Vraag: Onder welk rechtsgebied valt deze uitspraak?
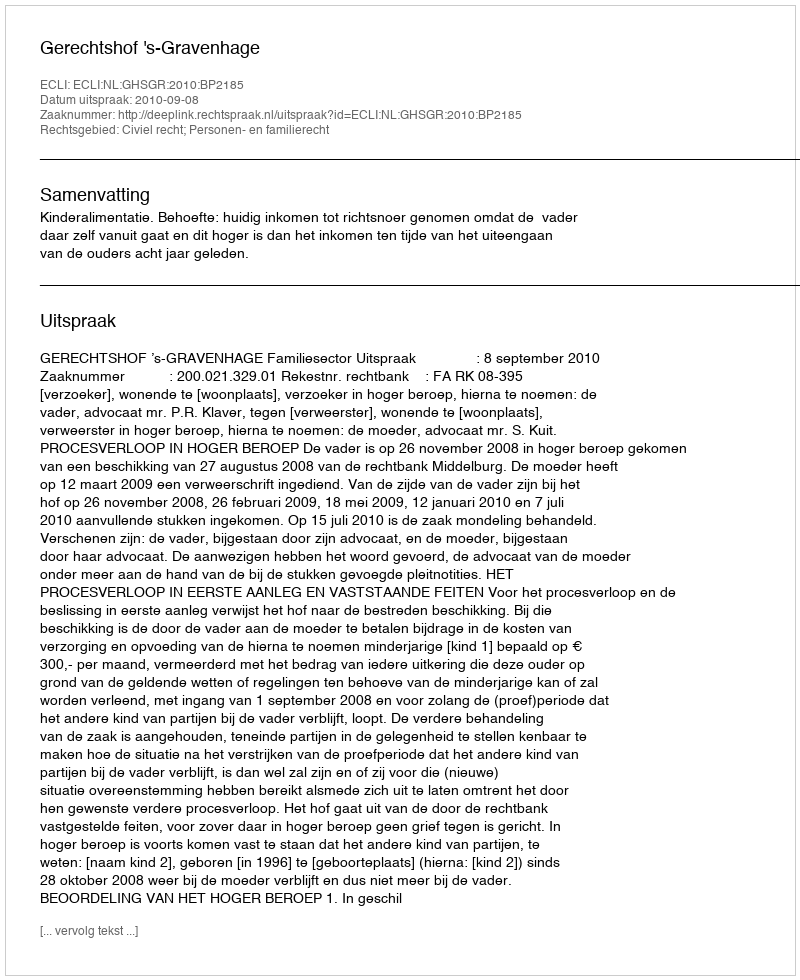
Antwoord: Civiel recht; Personen- en familierecht